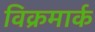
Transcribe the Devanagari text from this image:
विक्रमार्क